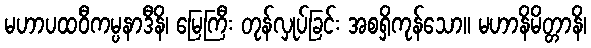
မဟာပထဝီကမ္ပနာဒီနိ၊ မြေကြီး တုန်လှုပ်ခြင်း အစရှိကုန်သော။ မဟာနိမိတ္တာနိ၊